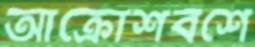
আক্রোশবশে